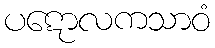
ပဋောလကသာဝံ